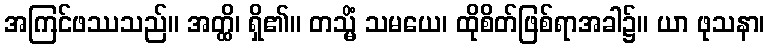
အကြင်ဖဿသည်။ အတ္ထိ၊ ရှိ၏။ တသ္မိံ သမယေ၊ ထိုစိတ်ဖြစ်ရာအခါ၌။ ယာ ဖုသနာ၊